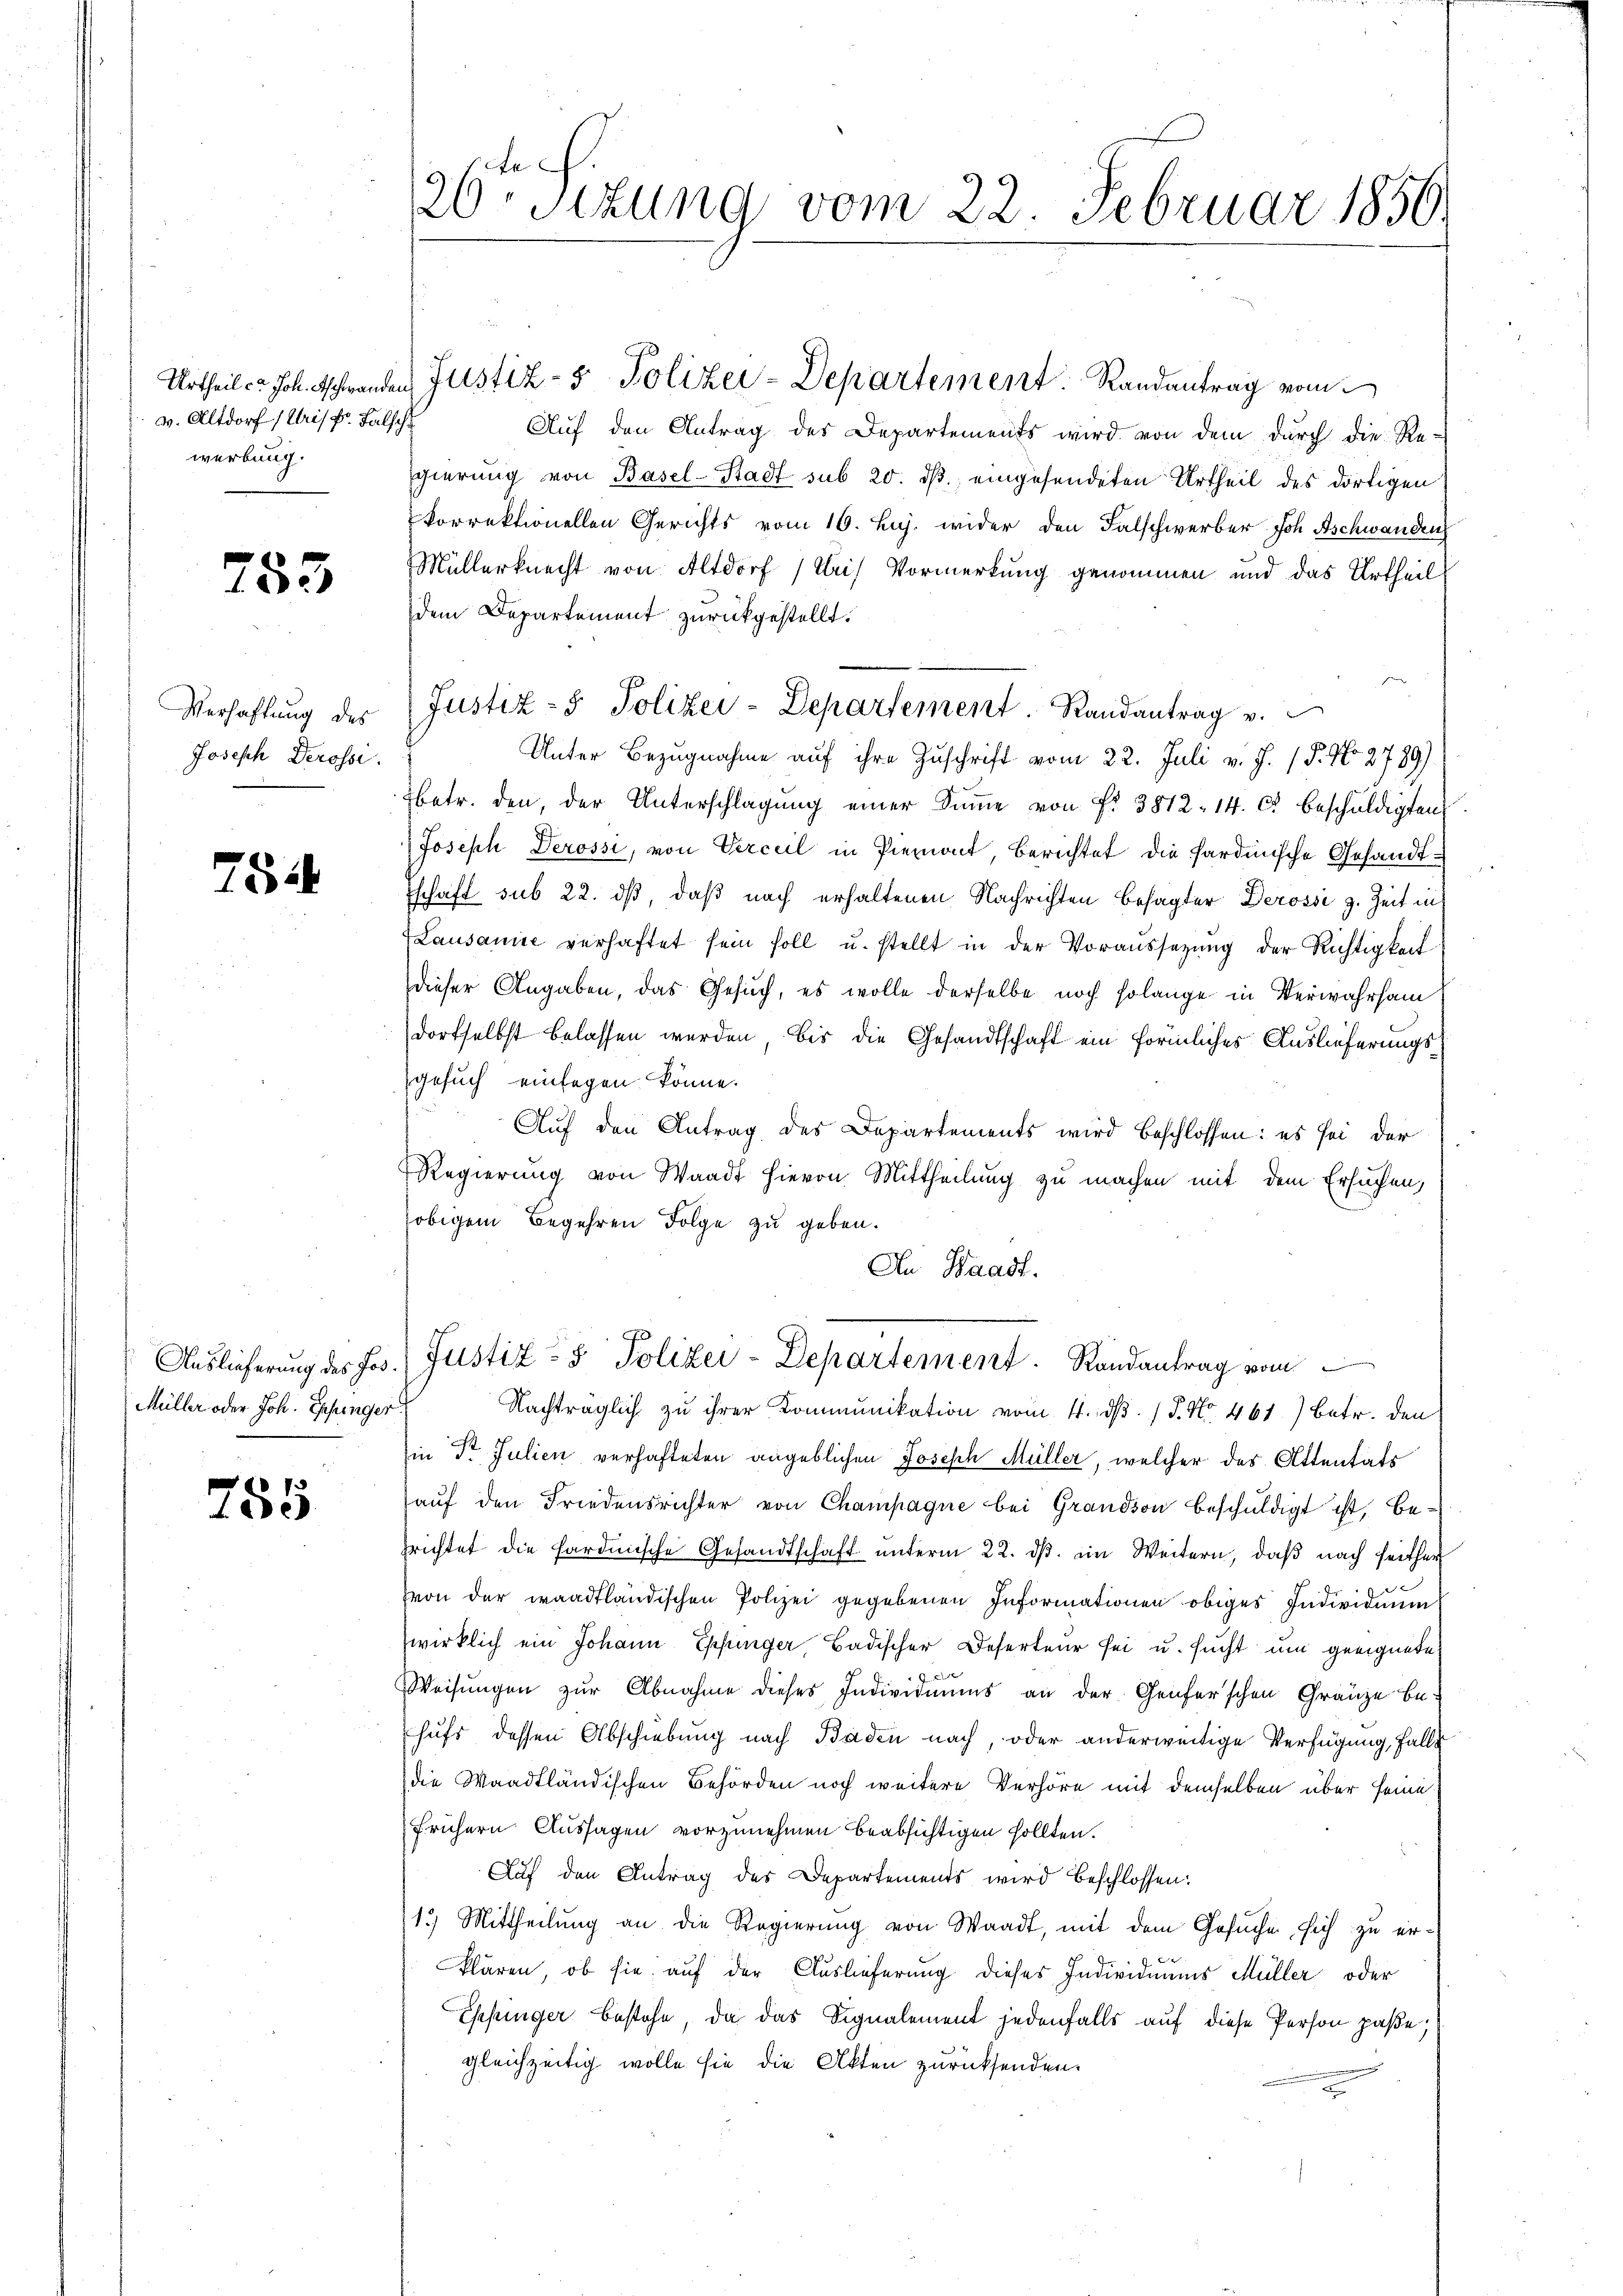
w. Altdorf (Uris pr. Falsch
werbung.

753

Verhaftung des
Joseph Derossi.

752

Auslieferung des Jos.
Müller oder Joh. Einger

785

26sezung vom 22. Februar 1850.

Auf den Antrag des Departements wird von dem durch die Re-
gierung von Basel-Stadt sub 20. ds., eingesendeten Urtheil des dortigen
korrektionellen Gerichts vom 16. huj. wider den Falschwerber Joh. Aschwanden
Müllerknecht von Altdorf (Uris Vormerkung genommen und das Urtheil
dem Departement zurückgestellt.
Unter Bezugnahme auf ihre Zuschrift vom 22. Juli v. J. P. No 2789)
betr. den, der Unterschlagung einer Sinne von Fr. 3812. 14. cr beschuldigten
Joseph Derossi, von Verceil in Piemont, berichtet die sardinische Gesandt¬
Tschaft sub 22. dß, daß nach erhaltenen Nachrichten besagter Derosse z. Zeit in
Lausanne verhaftet sein soll u. stellt in der Voraussetzung der Richtigkeit
dieser Angaben, das Gesuch, es wolle derselbe noch solange in Verwahrsam
dortselbst belassen werden, bis die Gesandtschaft ein förmliches Auslieferungsgesuch einfagen könne.
Auf den Antrag des Departements wird beschlossen: es sei der
Regierung von Waadt hievon Mittheilung zu machen mit dem Ersuchen,
obigem Begehren Folge zu geben.
An Waadt.
Justiz- & Polizei-Departement. Randantrag vom
Nachträglich zu ihrer Kommunikation vom 4. dß. / P. Nr. 461) Betr. den
in Dr. Julien verhafteten angeblichen Joseph Müller, welcher des Attentäts
aŭf den Friedensrichter von Champagne bei Grandson beschuldigt ist, begrichtet die sardinische Gesandtschaft unterm 22. ds. ein Weitern, daß nach seither
von der waadtländischen Polizei gegebenen Informationen obiges Individuum
wirklich ein Johann Epfunger, Badischer Deserteur sei u. sucht um geeignete
7
Weisungen zur Abnahme dieses Individuums an der Genferschen Gränze be-
hufs dessen Abschiebung nach Baden nach, oder anderweitige Verfügung, falls
die Waadtländischen Behörden noch weitere Verhöre mit demselben über seine
Frühern Aussagen vorzunehmen beabsichtigen sollten.
Auf den Antrag des Departements wird beschlossen:
1.) Mittheilung an die Regierung von Waadt, mit dem Gesuche sich zu erklären, ob sie auf der Auslieferung dieses Individuums Müller oder
Ehehinger bestehe, da das Signalement jedenfalls auf diese Person paße;
gleichzeitig wolle sie die Akten zurücksenden.

Urtheil er Joh. Aschwanden Justiz- & Polizei-Departement. Randantrag vom

Justiz- & Polizei-Departement. Randantrag v.